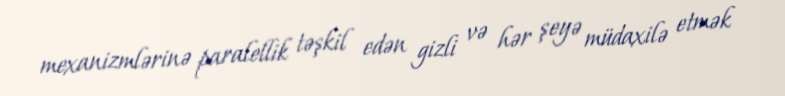
mexanizmlərinə paralellik təşkil edən gizli və hər şeyə müdaxilə etmək